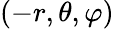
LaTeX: (-r,\theta,\varphi)